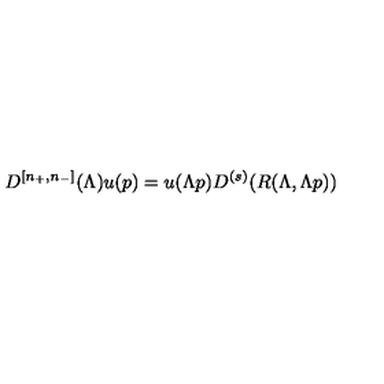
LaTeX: D ^ { \left[ n _ { + } , n _ { - } \right] } ( \Lambda ) u ( p ) = u ( \Lambda p ) D ^ { ( s ) } ( R ( \Lambda , \Lambda p ) )